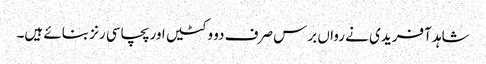
شاہد آفریدی نے رواں برس صرف دو وکٹیں اور پچاسی رنز بنائے ہیں۔